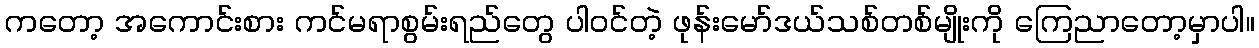
ကတော့ အကောင်းစား ကင်မရာစွမ်းရည်တွေ ပါဝင်တဲ့ ဖုန်းမော်ဒယ်သစ်တစ်မျိုးကို ကြေညာတော့မှာပါ။